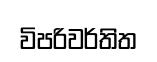
විපරිවර්තිත